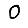
Digit: 0